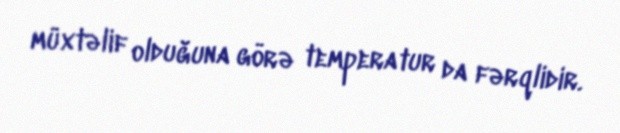
müxtəlif olduğuna görə temperatur da fərqlidir.